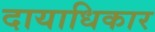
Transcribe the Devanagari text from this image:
दायाधिकार